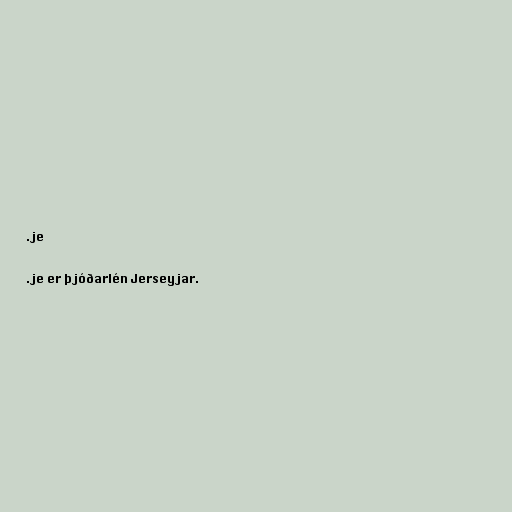
.je

.je er þjóðarlén Jerseyjar.